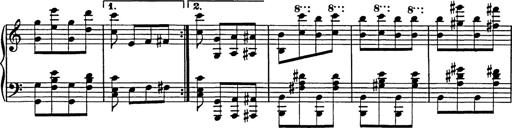
Title: Galop in A minor
Composer: Franz Liszt
Key: A minor